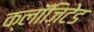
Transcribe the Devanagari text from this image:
क्लॉज़िटेड